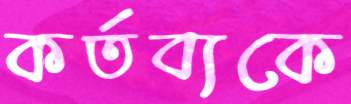
কর্তব্যকে